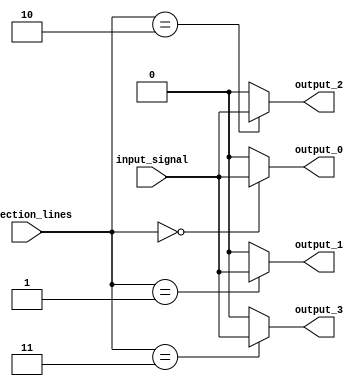
module demux_1to4 (
    input wire input_signal,
    input wire [1:0] selection_lines,
    output wire output_0,
    output wire output_1,
    output wire output_2,
    output wire output_3
);

assign output_0 = (selection_lines == 2'b00) ? input_signal : 1'b0;
assign output_1 = (selection_lines == 2'b01) ? input_signal : 1'b0;
assign output_2 = (selection_lines == 2'b10) ? input_signal : 1'b0;
assign output_3 = (selection_lines == 2'b11) ? input_signal : 1'b0;

endmodule